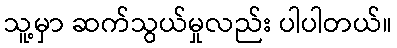
သူ့မှာ ဆက်သွယ်မှုလည်း ပါပါတယ်။